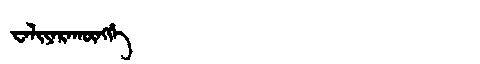
Manchu: ᠸᠠᠯᡳᠶᠠᡵᠠᡴᡡᠩᡤᡝ
Romanization: WALIYARAKŪNGGE